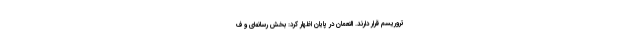
تروریسم قرار دارند. النعمان در پایان اظهار کرد: بخش‌ رسانه‌ای و ف